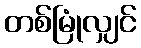
တစ်မြုံလျှင်